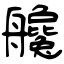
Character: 艬